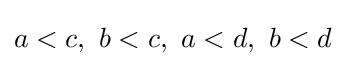
a<c,\ b<c,\ a<d,\ b<d